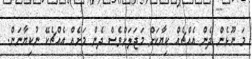
މަ ނޫޅެން ދެން އެއްޗެއް ކިޔާކަށް މަޖަލަށްވެސް ދެން މަށެއް އެއްޗެކޭ ނުކިޔާނަން.